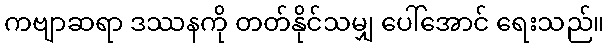
ကဗျာဆရာ ဒဿနကို တတ်နိုင်သမျှ ပေါ်အောင် ရေးသည်။